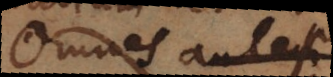
Omnes autem